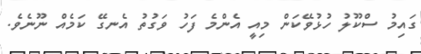
ގައިމު ސްކޫލު ހުޅުވޭކަން މިއީ އެންމެ ފަހު ވަގުތު އެނގޭ ކަމެއް ނޫނެވެ.